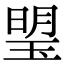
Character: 琞